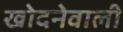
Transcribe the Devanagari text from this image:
खोदनेवाली